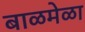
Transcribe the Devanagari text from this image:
बाळमेळा